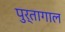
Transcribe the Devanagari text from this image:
पुर्तागाल